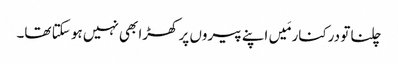
چلنا تو درکنار مَیں اپنے پیروں پر کھڑا بھی نہیں ہو سکتا تھا۔